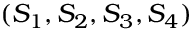
( S _ { 1 } , S _ { 2 } , S _ { 3 } , S _ { 4 } )